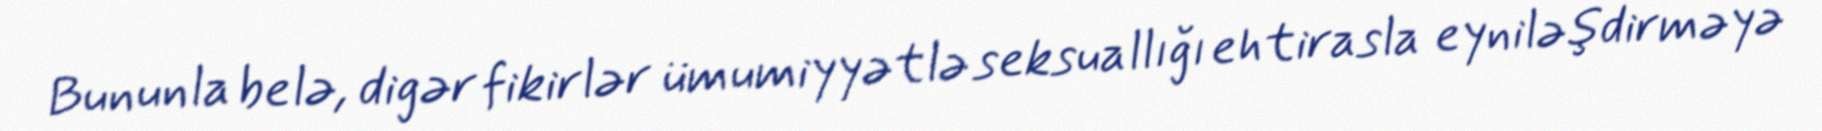
Bununla belə, digər fikirlər ümumiyyətlə seksuallığı ehtirasla eyniləşdirməyə